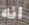
انه